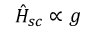
\hat { H } _ { s c } \propto g